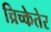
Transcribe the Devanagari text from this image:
च्रिच्केतेर